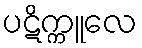
ပဋိက္ကူလေ